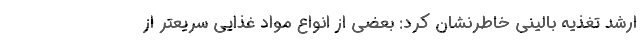
ارشد تغذیه بالینی خاطرنشان کرد: بعضی از انواع مواد غذایی سریعتر از